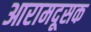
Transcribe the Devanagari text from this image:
आरामदूसक